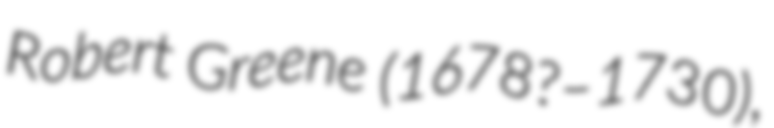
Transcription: Robert Greene (1678?–1730),